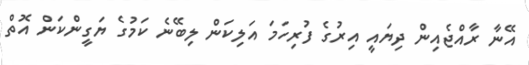
އޭނާ ރާއްޖެއިން ދިޔައީ އިރުގެ ފުރިހަމަ އަލިކަން ލިބޭނެ ކަމުގެ ޔަގީންކަން އޮތް